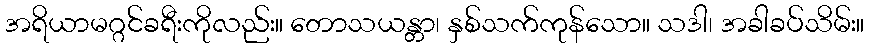
အရိယာမဂ္ဂင်ခရီးကိုလည်း။ တောသယန္တာ၊ နှစ်သက်ကုန်သော။ သဒါ၊ အခါခပ်သိမ်း။